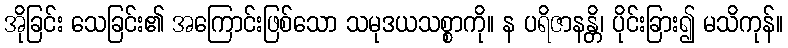
အိုခြင်း သေခြင်း၏ အကြောင်းဖြစ်သော သမုဒယသစ္စာကို။ န ပရိဇာနန္တိ၊ ပိုင်းခြား၍ မသိကုန်။